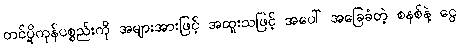
တင်ပို့ကုန်ပစ္စည်းကို အများအားဖြင့် အထူးသဖြင့် အပေါ် အခြေခံတဲ့ စနစ်နဲ့ ငွေ